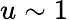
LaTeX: u\sim 1